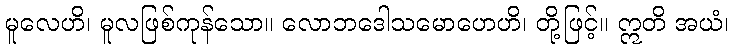
မူလေဟိ၊ မူလဖြစ်ကုန်သော။ လောဘဒေါသမောဟေဟိ၊ တို့ဖြင့်။ ဣတိ အယံ၊